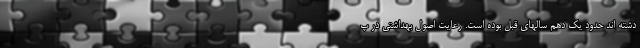
دشته اند حدود یک دهم سالهای قبل بوده است. رعایت اصول بهداشتی در پ